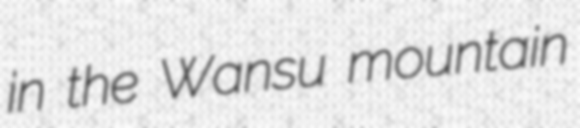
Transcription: in the Wansu mountain